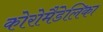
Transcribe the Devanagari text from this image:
कोरोमैंडेलिका